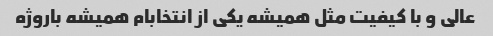
عالی و با کیفیت مثل همیشه یکی از انتخابام همیشه باروژه